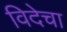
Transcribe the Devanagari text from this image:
विदेचा